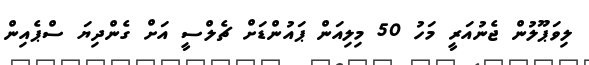
ލިވަޕޫލުން ޖެނުއަރީ މަހު 50 މިލިއަން ޕައުންޑަށް ޗެލްސީ އަށް ގެންދިޔަ ސްޕެއިން